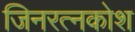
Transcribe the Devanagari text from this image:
जिनरत्नकोश